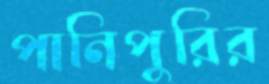
পানিপুরির